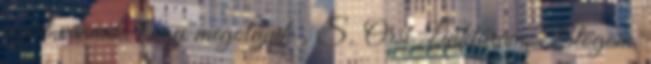
azért vannak, hogy megoldjuk . S. Orsi Linktáram, Blogom,